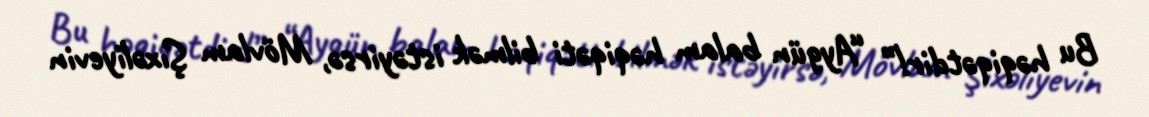
Bu həqiqətdir!” “Aygün balam həqiqəti bilmək istəyirsə, Mövlam Şıxəliyevin